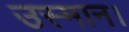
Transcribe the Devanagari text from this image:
उस्मान।